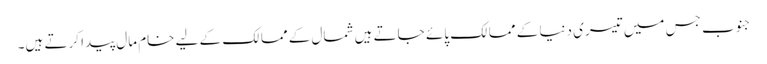
جنوب جس میں تیسری دنیا کے ممالک پائے جاتے ہیں شمال کے ممالک کے لیے خام مال پیدا کرتے ہیں۔